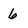
Character: 6